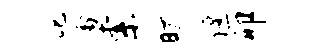
叱禽索旷偃卯